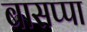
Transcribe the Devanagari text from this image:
बासप्पा